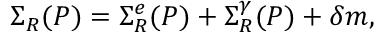
\Sigma _ { R } ( P ) = \Sigma _ { R } ^ { e } ( P ) + \Sigma _ { R } ^ { \gamma } ( P ) + \delta m ,